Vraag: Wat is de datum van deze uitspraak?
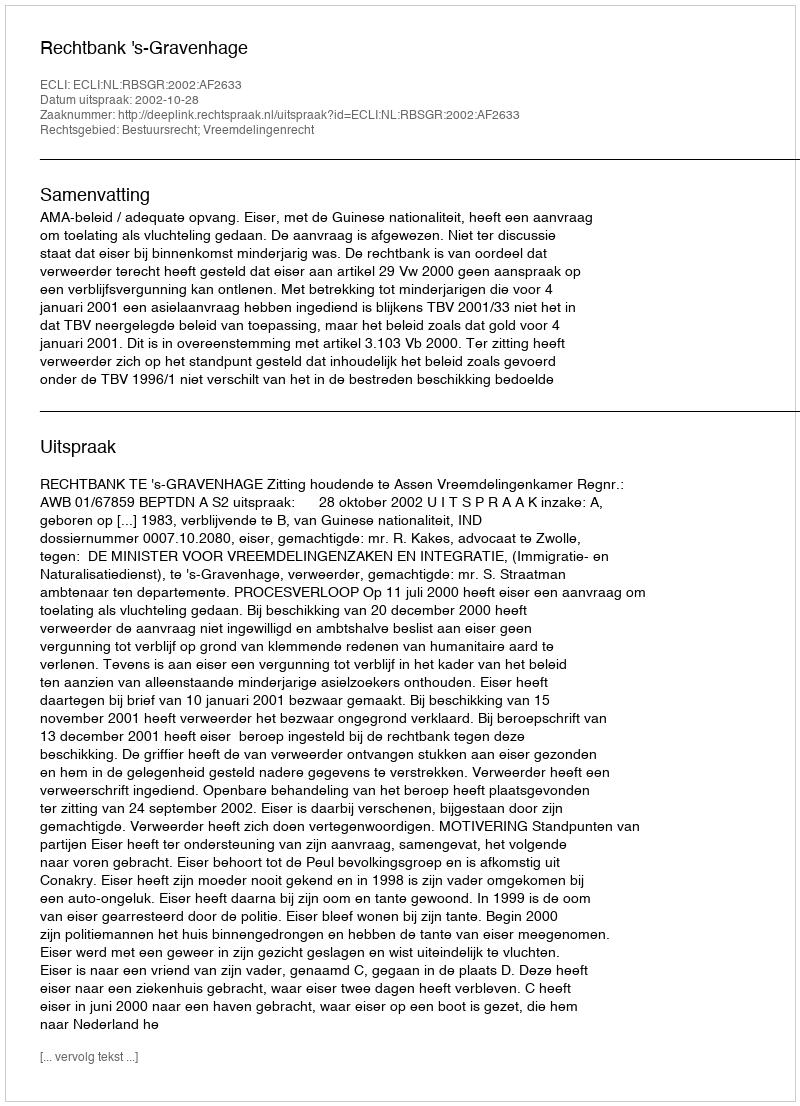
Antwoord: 2002-10-28